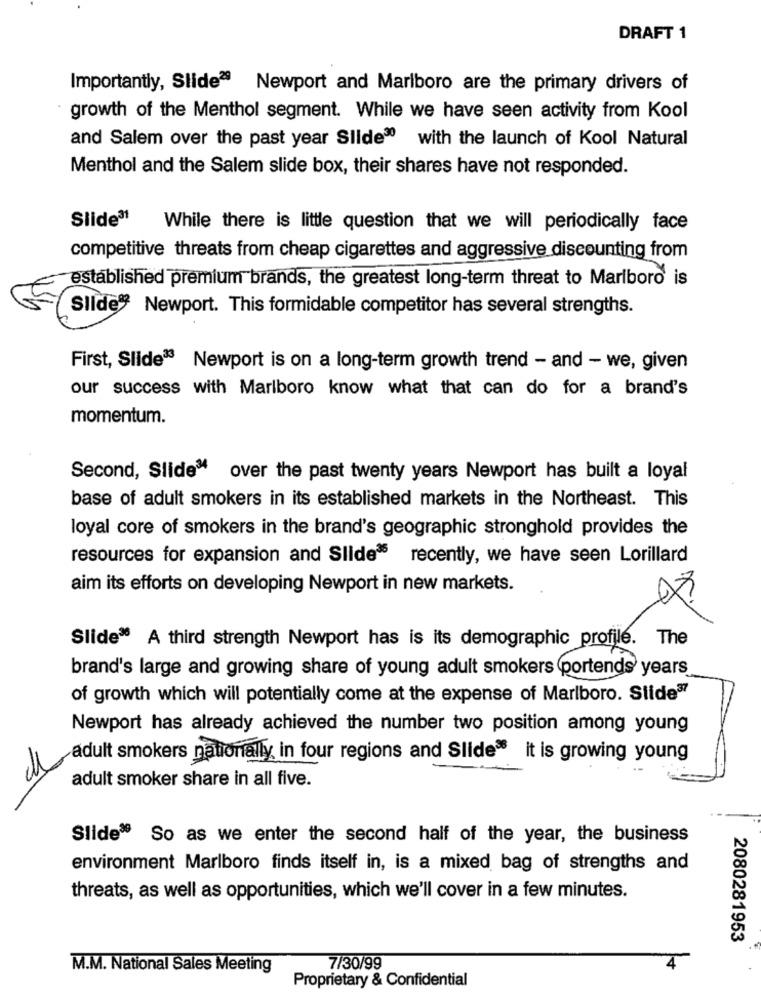
DRAFT 1
Importantly, Slide28 Newport and Marlboro are the primary drivers of
growth of the Menthol segment. While we have seen activity from Kool
and Salem over the past year Slide® with the launch of Kool Natural
Menthol and the Salem slide box, their shares have not responded.
Slide31
While there is little question that we will periodically face
competitive threats from cheap cigarettes and aggressive discounting from
established premium brands, the greatest long-term threat to Marlboro is
Slide® Newport. This formidable competitor has several strengths.
First, Slide33 Newport is on a long-term growth trend - and - we, given
our success with Marlboro know what that can do for a brand's
momentum.
Second, Slide over the past twenty years Newport has built a loyal
base of adult smokers in its established markets in the Northeast. This
loyal core of smokers in the brand's geographic stronghold provides the
resources for expansion and Slide35 recently, we have seen Lorillard
aim its efforts on developing Newport in new markets.
The
Slide® A third strength Newport has is its demographic profile.
brand's large and growing share of young adult smokers portends years
of growth which will potentially come at the expense of Marlboro. Slide37
Newport has already achieved the number two position among young
adult smokers nationally in four regions and Slides it is growing young
adult smoker share in all five.
Slide® So as we enter the second half of the year, the business
environment Marlboro finds itself in, is a mixed bag of strengths and
threats, as well as opportunities, which we'll cover in a few minutes.
2080281953
M.M. National Sales Meeting
7/30/99
Proprietary & Confidential